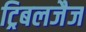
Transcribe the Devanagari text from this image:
ट्रिबलजैज